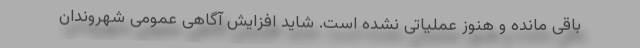
باقی مانده و هنوز عملیاتی نشده است. شاید افزایش آگاهی عمومی شهروندان